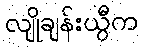
လျိုချန်းယွီက